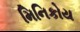
મિનિકોય